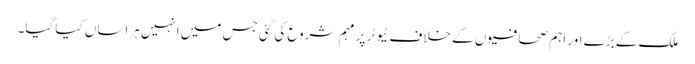
ملک کے بڑے اور اہم صحافیوں کے خلاف ٹیوٹر پر مہم شروع کی گئی جس میں انہیں ہراساں کیا گیا۔